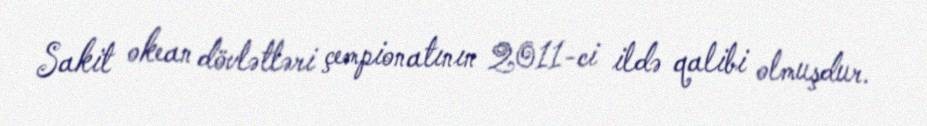
Sakit okean dövlətləri çempionatının 2011-ci ildə qalibi olmuşdur.